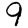
Digit: 9